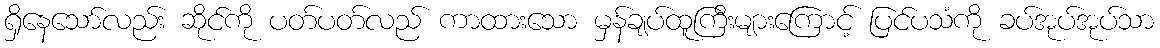
ရှိနေသော်လည်း ဆိုင်ကို ပတ်ပတ်လည် ကာထားသော မှန်ချပ်ထူကြီးများကြောင့် ပြင်ပသံကို ခပ်အုပ်အုပ်သာ